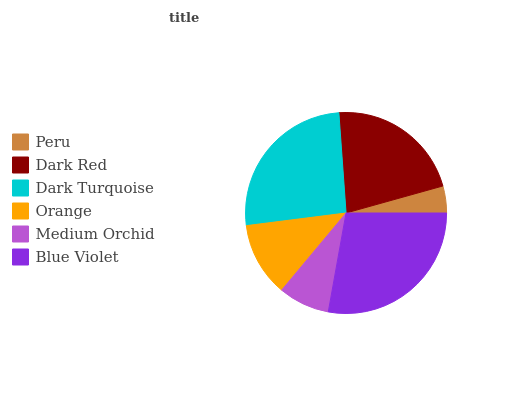
| Peru | Dark Red | Dark Turquoise | Orange | Medium Orchid | Blue Violet |
 | --- | --- | --- | --- | --- | --- |
 | 4.33% | 21.8% | 25.9% | 11.9% | 8.24% | 27.8% |